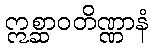
ဣစ္ဆာဝတိဏ္ဏာနံ